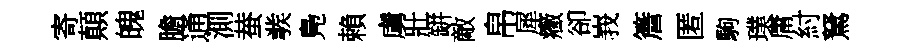
寄顛魄膽通測蛬彂鳬賴虜壯缾敵帛犀癥卻峩簷匿駒璞庸紂駑